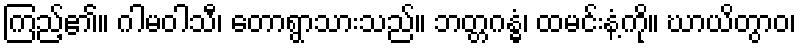
ကြည့်၏။ ဂါမဝါသီ၊ တောရွာသားသည်။ ဘတ္တဂန္ဓံ၊ ထမင်းနံ့ကို။ ဃာယိတွာဝ၊